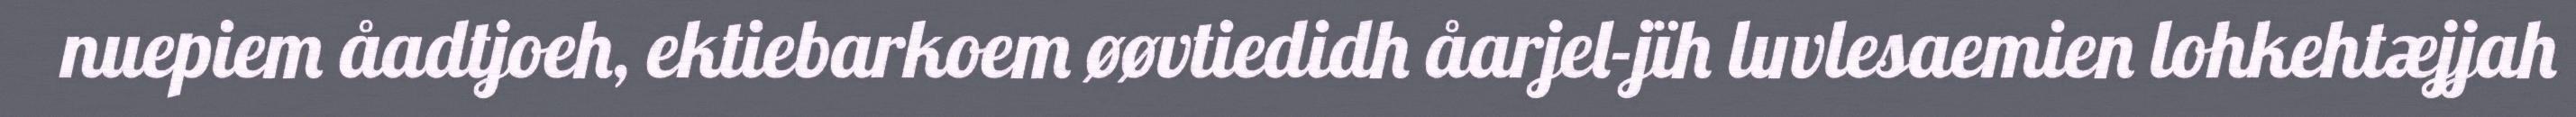
nuepiem åadtjoeh, ektiebarkoem øøvtiedidh åarjel-jïh luvlesaemien lohkehtæjjah